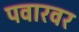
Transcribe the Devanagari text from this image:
पवारवर